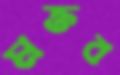
মক্তব